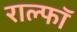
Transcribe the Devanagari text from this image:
राल्फॉ